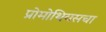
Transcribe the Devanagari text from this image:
प्रोमोथियसचा